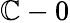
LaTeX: \mathbb{C}-0